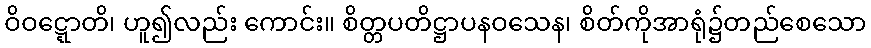
ဝိဝဋ္ဋောတိ၊ ဟူ၍လည်း ကောင်း။ စိတ္တပတိဋ္ဌာပနဝသေန၊ စိတ်ကိုအာရုံ၌တည်စေသော